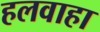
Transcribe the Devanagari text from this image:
हलवाहा